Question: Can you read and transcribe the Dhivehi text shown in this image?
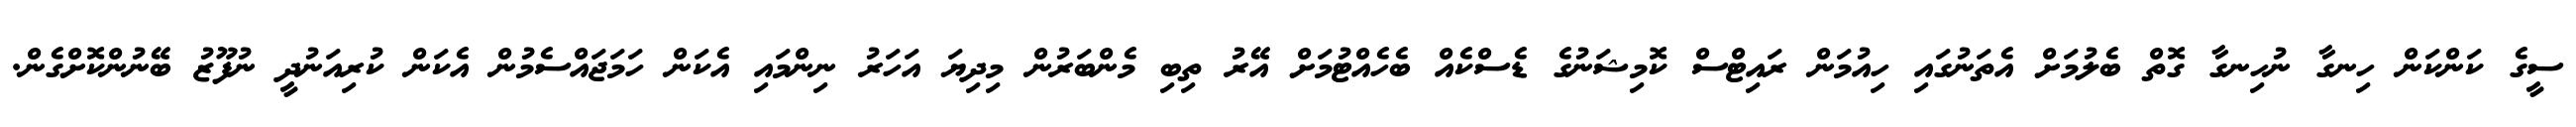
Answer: ސީގެ ކަންކަން ހިނގާ ނުހިނގާ ގޮތް ބެލުމަށް އެތަނުގައި ހިއުމަން ރައިޓްސް ކޮމިޝަނުގެ ޑެސްކެއް ބެހެއްޓުމަށް އޭރު ތިބި މެންބަރުން މިދިޔަ އަހަރު ނިންމައި އެކަން ހަމަޖައްސެމުން އެކަން ކުރިއަނުދީ ނުފޫޒު ބޭނުންކޮށްގެން.